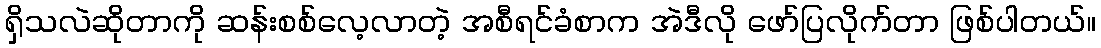
ရှိသလဲဆိုတာကို ဆန်းစစ်လေ့လာတဲ့ အစီရင်ခံစာက အဲဒီလို ဖော်ပြလိုက်တာ ဖြစ်ပါတယ်။